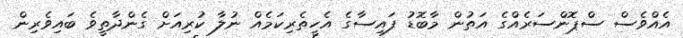
އެއްވެސް ސްޕޮންސަރެއްގެ އަތުން މާބޮޑު ފައިސާގެ އެހީތެރިކަމެއް ނުލާ ކުރިއަށް ގެންދާތީވެ ބައިވެރިން